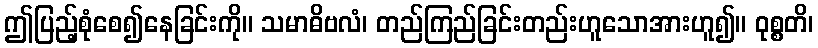
ဤပြည့်စုံစေ၍နေခြင်းကို။ သမာဓိဗလံ၊ တည်ကြည်ခြင်းတည်းဟူသောအားဟူ၍။ ဝုစ္စတိ၊